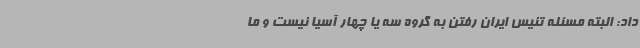
داد: البته مسئله تنیس ایران رفتن به گروه سه یا چهار آسیا نیست و ما